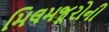
મિલમજૂરોની